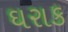
ઘરાક